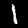
Label: 1